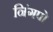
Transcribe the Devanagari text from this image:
निंगपो